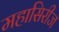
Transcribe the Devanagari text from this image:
महासिरीज